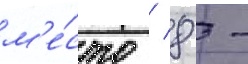
м'е́сто / 8 -